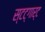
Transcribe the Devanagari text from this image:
स्टट्गार्ट